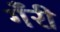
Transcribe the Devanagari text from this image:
गँरी